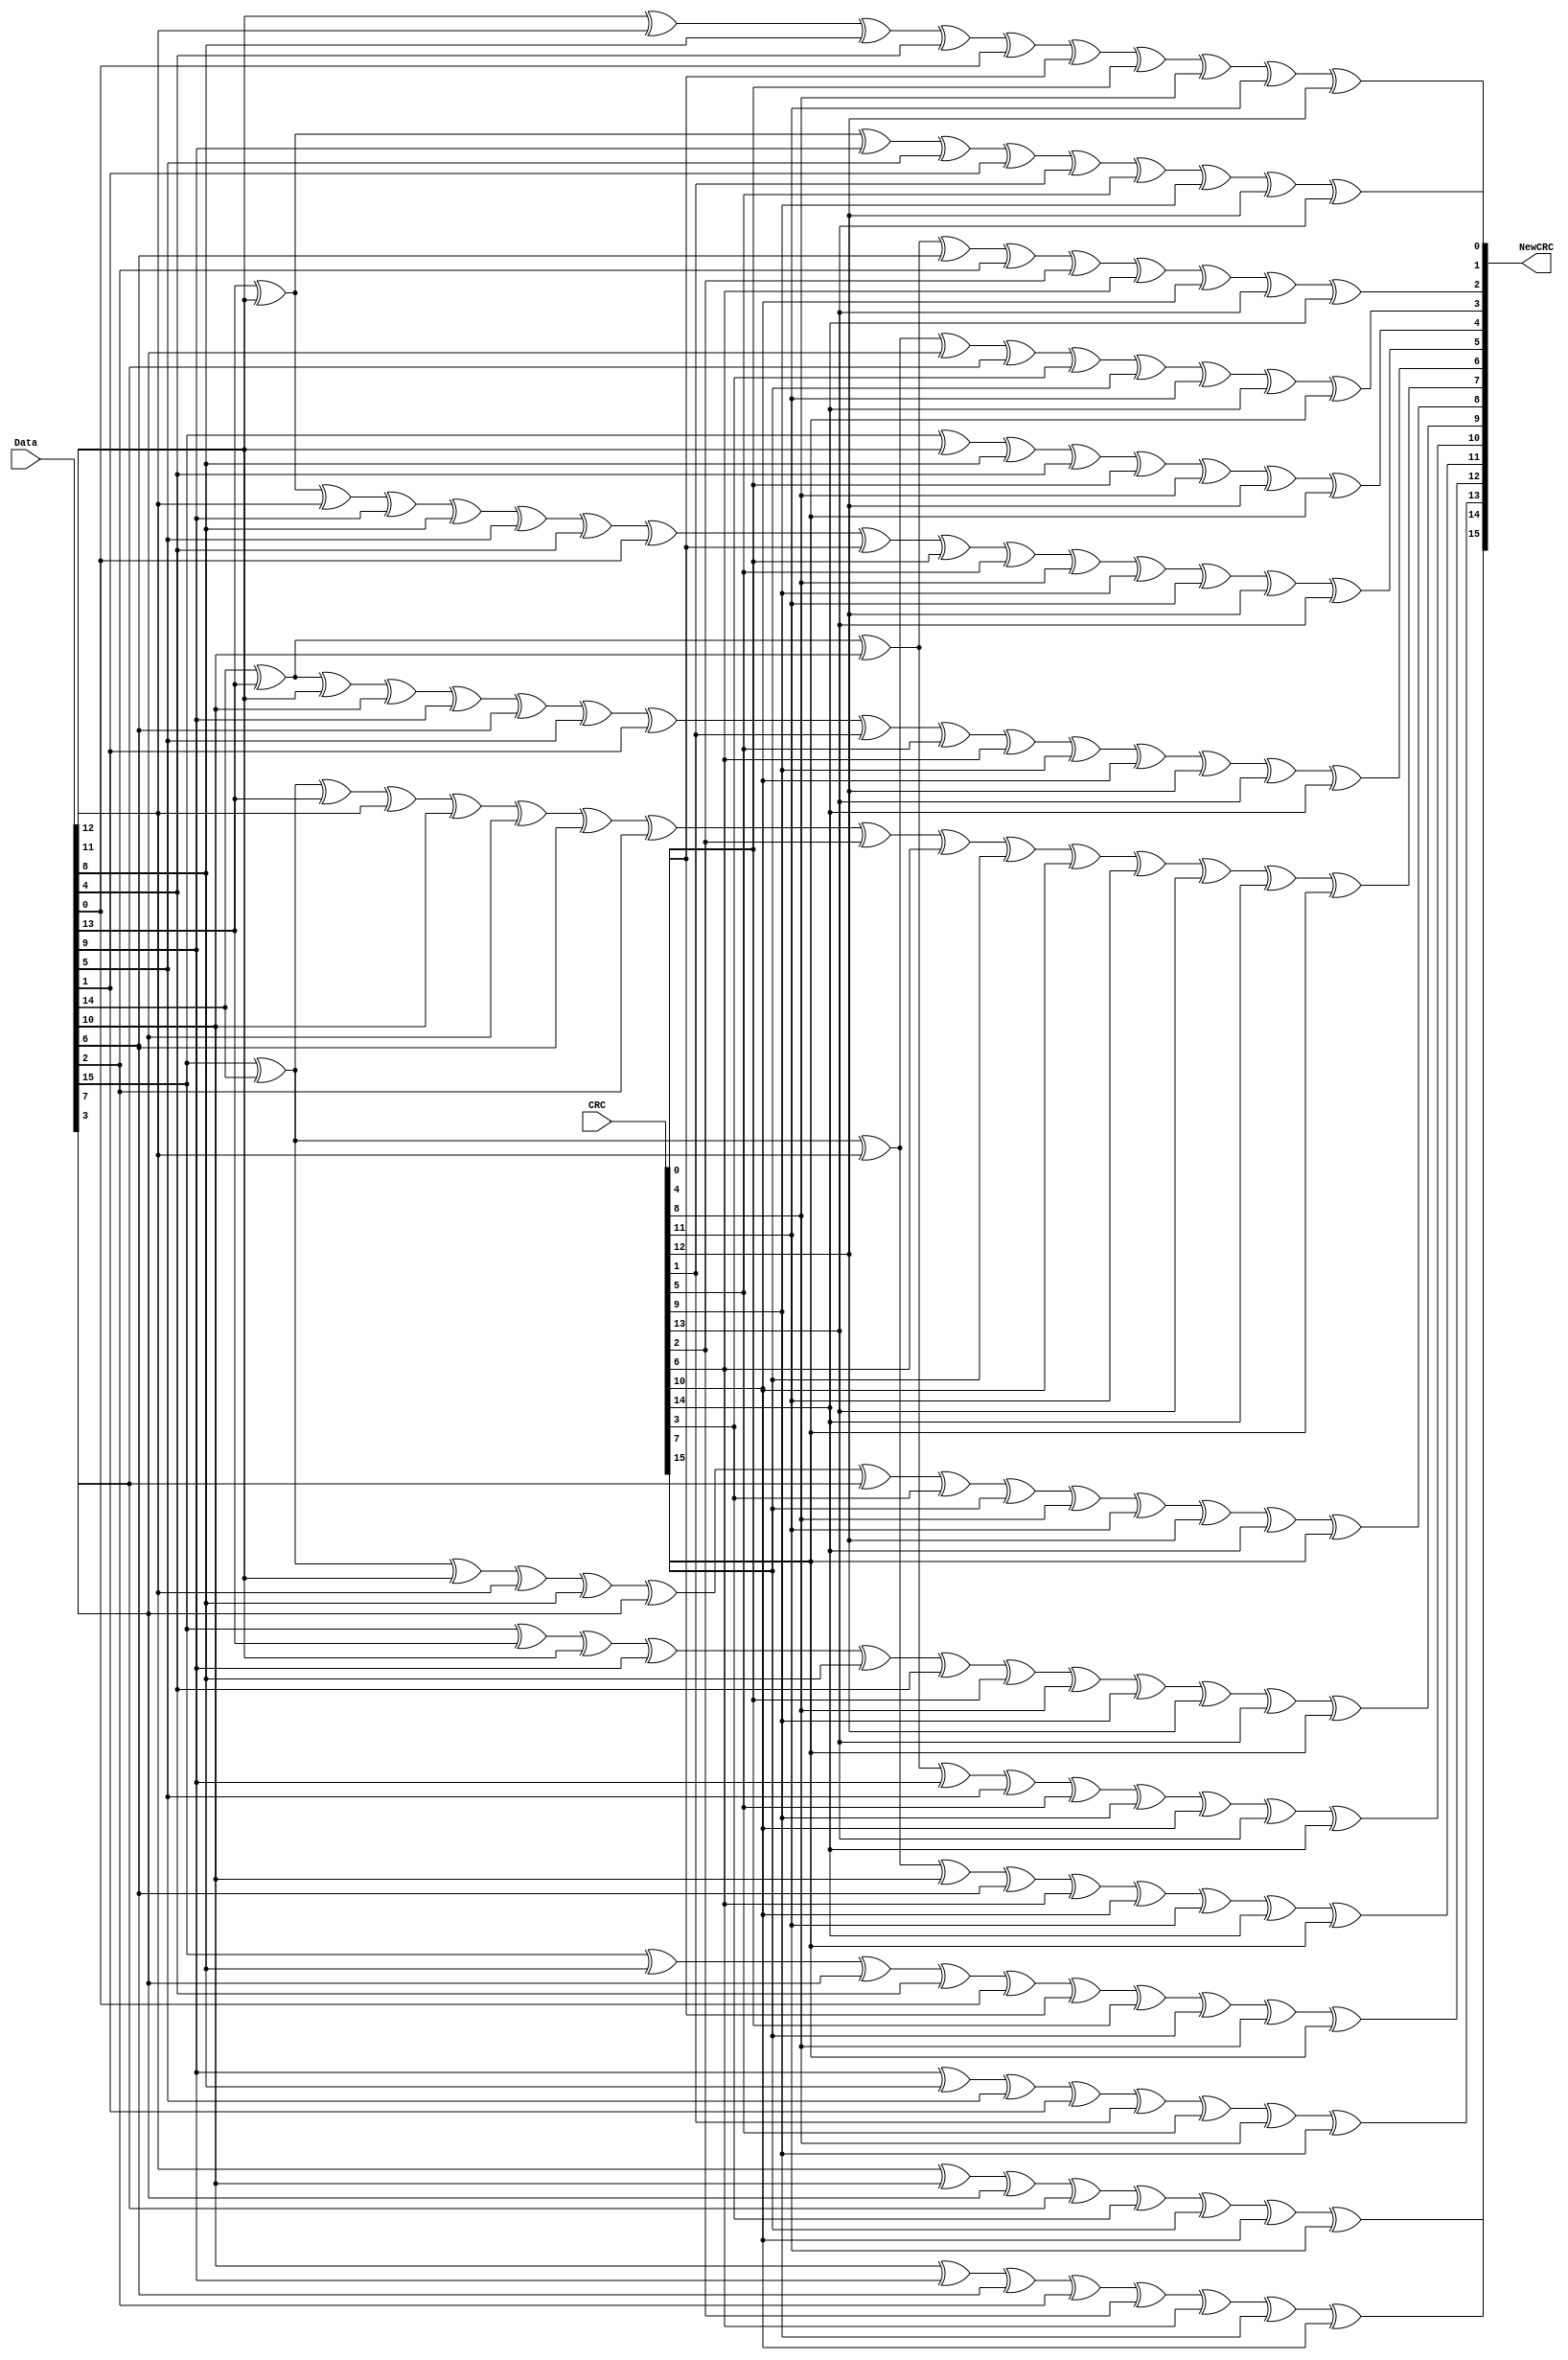
module CRC16_D16
  (input [15:0] Data,
   input [15:0] CRC,
   output [15:0] NewCRC);
   assign 	 NewCRC = nextCRC16_D16(Data,CRC);
  function [15:0] nextCRC16_D16;
    input [15:0] Data;
    input [15:0] CRC;
    reg [15:0] D;
    reg [15:0] C;
    reg [15:0] NewCRC;
  begin
    D = Data;
    C = CRC;
    NewCRC[0] = D[12] ^ D[11] ^ D[8] ^ D[4] ^ D[0] ^ C[0] ^ C[4] ^ 
                C[8] ^ C[11] ^ C[12];
    NewCRC[1] = D[13] ^ D[12] ^ D[9] ^ D[5] ^ D[1] ^ C[1] ^ C[5] ^ 
                C[9] ^ C[12] ^ C[13];
    NewCRC[2] = D[14] ^ D[13] ^ D[10] ^ D[6] ^ D[2] ^ C[2] ^ C[6] ^ 
                C[10] ^ C[13] ^ C[14];
    NewCRC[3] = D[15] ^ D[14] ^ D[11] ^ D[7] ^ D[3] ^ C[3] ^ C[7] ^ 
                C[11] ^ C[14] ^ C[15];
    NewCRC[4] = D[15] ^ D[12] ^ D[8] ^ D[4] ^ C[4] ^ C[8] ^ C[12] ^ 
                C[15];
    NewCRC[5] = D[13] ^ D[12] ^ D[11] ^ D[9] ^ D[8] ^ D[5] ^ D[4] ^ 
                D[0] ^ C[0] ^ C[4] ^ C[5] ^ C[8] ^ C[9] ^ C[11] ^ C[12] ^ 
                C[13];
    NewCRC[6] = D[14] ^ D[13] ^ D[12] ^ D[10] ^ D[9] ^ D[6] ^ D[5] ^ 
                D[1] ^ C[1] ^ C[5] ^ C[6] ^ C[9] ^ C[10] ^ C[12] ^ 
                C[13] ^ C[14];
    NewCRC[7] = D[15] ^ D[14] ^ D[13] ^ D[11] ^ D[10] ^ D[7] ^ D[6] ^ 
                D[2] ^ C[2] ^ C[6] ^ C[7] ^ C[10] ^ C[11] ^ C[13] ^ 
                C[14] ^ C[15];
    NewCRC[8] = D[15] ^ D[14] ^ D[12] ^ D[11] ^ D[8] ^ D[7] ^ D[3] ^ 
                C[3] ^ C[7] ^ C[8] ^ C[11] ^ C[12] ^ C[14] ^ C[15];
    NewCRC[9] = D[15] ^ D[13] ^ D[12] ^ D[9] ^ D[8] ^ D[4] ^ C[4] ^ 
                C[8] ^ C[9] ^ C[12] ^ C[13] ^ C[15];
    NewCRC[10] = D[14] ^ D[13] ^ D[10] ^ D[9] ^ D[5] ^ C[5] ^ C[9] ^ 
                 C[10] ^ C[13] ^ C[14];
    NewCRC[11] = D[15] ^ D[14] ^ D[11] ^ D[10] ^ D[6] ^ C[6] ^ C[10] ^ 
                 C[11] ^ C[14] ^ C[15];
    NewCRC[12] = D[15] ^ D[8] ^ D[7] ^ D[4] ^ D[0] ^ C[0] ^ C[4] ^ C[7] ^ 
                 C[8] ^ C[15];
    NewCRC[13] = D[9] ^ D[8] ^ D[5] ^ D[1] ^ C[1] ^ C[5] ^ C[8] ^ C[9];
    NewCRC[14] = D[10] ^ D[9] ^ D[6] ^ D[2] ^ C[2] ^ C[6] ^ C[9] ^ C[10];
    NewCRC[15] = D[11] ^ D[10] ^ D[7] ^ D[3] ^ C[3] ^ C[7] ^ C[10] ^ 
                 C[11];
    nextCRC16_D16 = NewCRC;
  end
  endfunction
endmodule